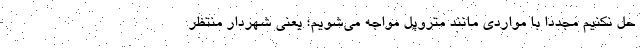
حل نکنیم مجددا با مواردی مانند متروپل مواجه می‌شویم؛ یعنی شهردار منتظر